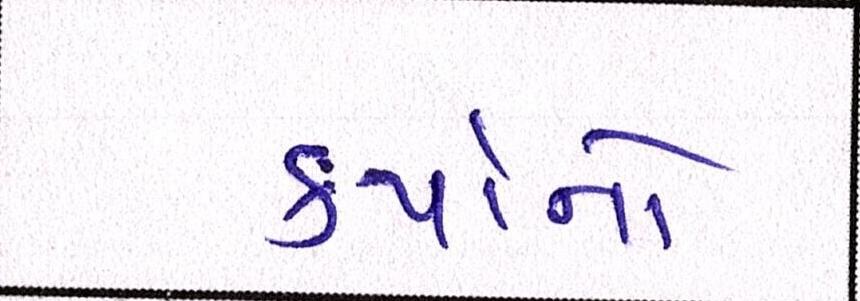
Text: કર્યાનો